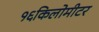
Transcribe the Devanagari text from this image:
१६किलोमीटर